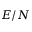
E / N